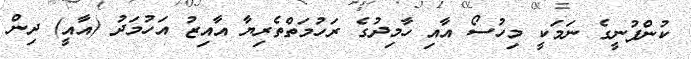
ކުންފުނީގެ ނަމަކީ މިހުސޯ އާއި ހާމިދުގެ ރަހުމަތްތެރިޔާ އާއިޒު އަހުމަދު (އާއީ) ދިން